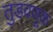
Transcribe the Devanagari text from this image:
तुडवणूक